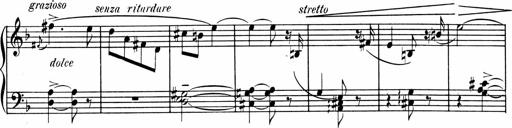
Title: 1Ã¨re Sonatine
Composer: FrÃ©dÃ©ric Binet